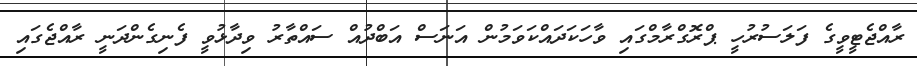
ރާއްޖެޓީވީގެ ފަލަސުރުހީ ޕްރޮގްރާމްގައި ވާހަކަދައްކަވަމުން އަނަސް އަބްދުއް ސައްތާރު ވިދާޅުވީ ފެނިގެންދަނީ ރާއްޖެގައި